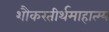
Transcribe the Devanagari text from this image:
शौकरतीर्थमाहात्म्य